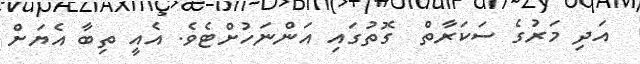
އަދި މަރުގެ ސަކަރާތް  ގޮތުގައި އަންނަހުށްޓެވެ. އެއީ ތިބާ އެޔަށް